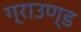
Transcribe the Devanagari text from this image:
ग्राउण्‍ड